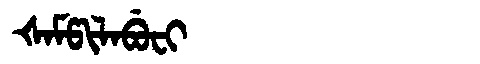
Manchu: ᡧᠠᠮᡦᡳᠯᠠᠪᡠᠸᡳ
Romanization: ŠAMPILABUFI